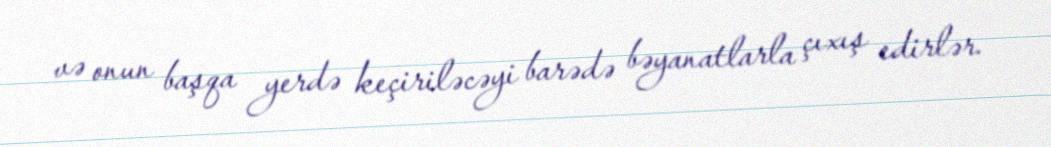
və onun başqa yerdə keçiriləcəyi barədə bəyanatlarla çıxış edirlər.